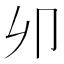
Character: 𠨍